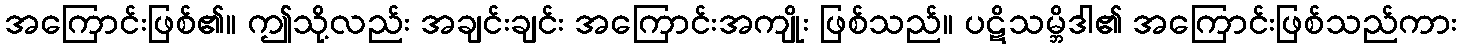
အကြောင်းဖြစ်၏။ ဤသို့လည်း အချင်းချင်း အကြောင်းအကျိုး ဖြစ်သည်။ ပဋိသမ္ဘိဒါ၏ အကြောင်းဖြစ်သည်ကား